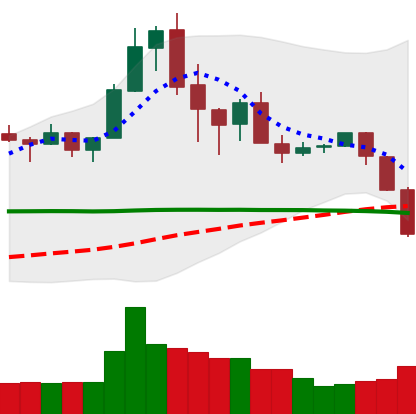
Ticker: XRP-USD
Chart end date: 2020-02-26
Forward return: 3.42%
Label: up_3_5